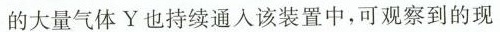
的大量气体Y也持续通入该装置中，可观察到的现